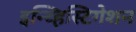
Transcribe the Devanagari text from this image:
इन्व्हिस्टिगेशन